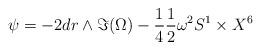
LaTeX: \begin{align*} \psi = - 2 dr \wedge \Im (\Omega) - \frac{1}{4} \frac{1}{2} \omega^2 S^1 \times X^6\end{align*}